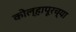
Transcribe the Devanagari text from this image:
कोल्‍हापूरच्या